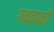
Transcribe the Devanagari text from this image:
गवताळी